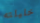
خليلته